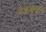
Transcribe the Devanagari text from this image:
मैककुलाघ